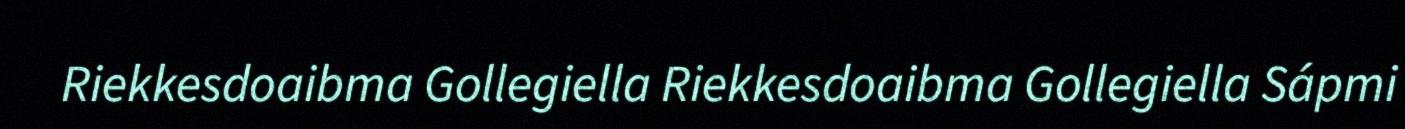
Riekkesdoaibma Gollegiella Riekkesdoaibma Gollegiella Sápmi